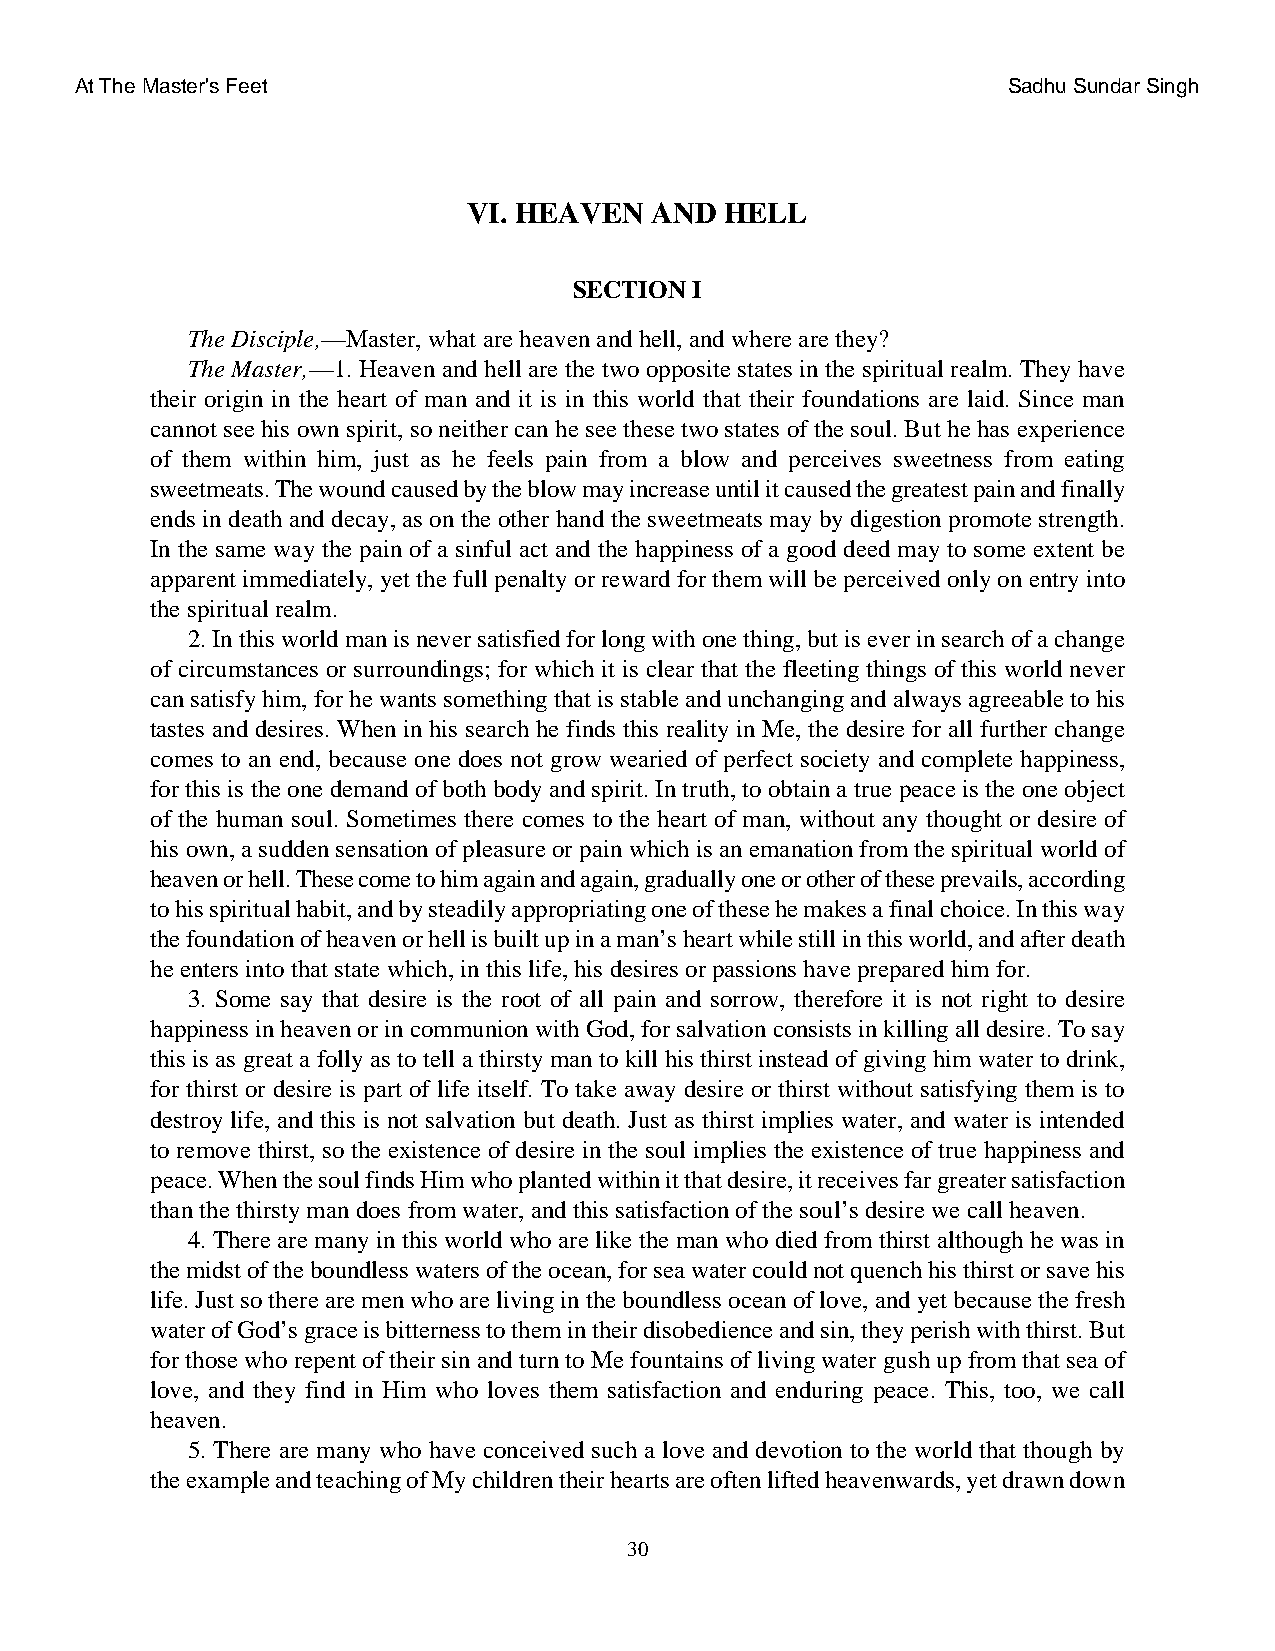
At The Master's Feet                                          Sadhu Sundar Singh
 VI. HEAVEN  AND  HELL
 SECTION I
 The Disciple,—Master, what are heaven and hell, and where are they?
 The Master,—1. Heaven and hell are the two opposite states in the spiritual realm. They have
 their origin in the heart of man and it is in this world that their foundations are laid. Since man
 cannot see his own spirit, so neither can he see these two states of the soul. But he has experience
 of them within him, just as he feels pain from a blow and perceives sweetness from eating
 sweetmeats. The wound caused by the blow may increase until it caused the greatest pain and finally
 ends in death and decay, as on the other hand the sweetmeats may by digestion promote strength.
 In the same way the pain of a sinful act and the happiness of a good deed may to some extent be
 apparent immediately, yet the full penalty or reward for them will be perceived only on entry into
 the spiritual realm.
 2. In this world man is never satisfied for long with one thing, but is ever in search of a change
 of circumstances or surroundings; for which it is clear that the fleeting things of this world never
 can satisfy him, for he wants something that is stable and unchanging and always agreeable to his
 tastes and desires. When in his search he finds this reality in Me, the desire for all further change
 comes to an end, because one does not grow wearied of perfect society and complete happiness,
 for this is the one demand of both body and spirit. In truth, to obtain a true peace is the one object
 of the human soul. Sometimes there comes to the heart of man, without any thought or desire of
 his own, a sudden sensation of pleasure or pain which is an emanation from the spiritual world of
 heaven or hell. These come to him again and again, gradually one or other of these prevails, according
 to his spiritual habit, and by steadily appropriating one of these he makes a final choice. In this way
 the foundation of heaven or hell is built up in a man’s heart while still in this world, and after death
 he enters into that state which, in this life, his desires or passions have prepared him for.
 3. Some say that desire is the root of all pain and sorrow, therefore it is not right to desire
 happiness in heaven or in communion with God, for salvation consists in killing all desire. To say
 this is as great a folly as to tell a thirsty man to kill his thirst instead of giving him water to drink,
 for thirst or desire is part of life itself. To take away desire or thirst without satisfying them is to
 destroy life, and this is not salvation but death. Just as thirst implies water, and water is intended
 to remove thirst, so the existence of desire in the soul implies the existence of true happiness and
 peace. When the soul finds Him who planted within it that desire, it receives far greater satisfaction
 than the thirsty man does from water, and this satisfaction of the soul’s desire we call heaven.
 4. There are many in this world who are like the man who died from thirst although he was in
 the midst of the boundless waters of the ocean, for sea water could not quench his thirst or save his
 life. Just so there are men who are living in the boundless ocean of love, and yet because the fresh
 water of God’s grace is bitterness to them in their disobedience and sin, they perish with thirst. But
 for those who repent of their sin and turn to Me fountains of living water gush up from that sea of
 love, and they find in Him who loves them satisfaction and enduring peace. This, too, we call
 heaven.
 5. There are many who have conceived such a love and devotion to the world that though by
 the example and teaching of My children their hearts are often lifted heavenwards, yet drawn down
 30